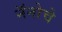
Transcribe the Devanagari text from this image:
नॅनोचे